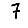
Digit: 7